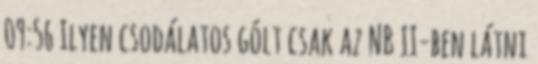
09:56 Ilyen csodálatos gólt csak az NB II-ben látni